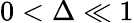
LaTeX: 0<\Delta\ll 1